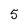
Character: 5